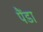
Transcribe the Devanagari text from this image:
पैंडा